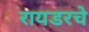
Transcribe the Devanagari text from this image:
रायडरचे